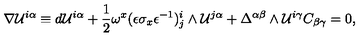
\nabla { \cal U } ^ { i \alpha } \equiv d { \cal U } ^ { i \alpha } + { \frac { 1 } { 2 } } \omega ^ { x } ( \epsilon \sigma _ { x } \epsilon ^ { - 1 } ) _ { j } ^ { i } \wedge { \cal U } ^ { j \alpha } + \Delta ^ { \alpha \beta } \wedge { \cal U } ^ { i \gamma } C _ { \beta \gamma } = 0 ,